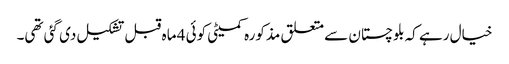
خیال رہے کہ بلوچستان سے متعلق مذکورہ کمیٹی کوئی 4 ماہ قبل تشکیل دی گئی تھی۔